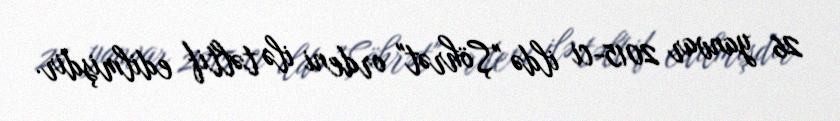
26 yanvar 2015-ci ildə "Şöhrət" ordeni ilə təltif edilmişdir.